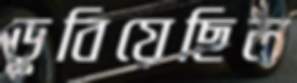
ডুবিয়েছিল